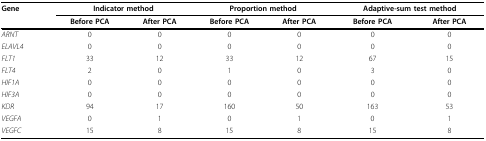
<table><thead><tr><td><b>Gene</b></td><td colspan="2"><b>Indicator method</b></td><td colspan="2"><b>Proportion method</b></td><td colspan="2"><b>Adaptive-sum test method</b></td></tr><tr><td></td><td><b>Before PCA</b></td><td><b>After PCA</b></td><td><b>Before PCA</b></td><td><b>After PCA</b></td><td><b>Before PCA</b></td><td><b>After PCA</b></td></tr></thead><tbody><tr><td><i>ARNT</i></td><td>0</td><td>0</td><td>0</td><td>0</td><td>0</td><td>0</td></tr><tr><td><i>ELAVL4</i></td><td>0</td><td>0</td><td>0</td><td>0</td><td>0</td><td>0</td></tr><tr><td><i>FLT1</i></td><td>33</td><td>12</td><td>33</td><td>12</td><td>67</td><td>15</td></tr><tr><td><i>FLT4</i></td><td>2</td><td>0</td><td>1</td><td>0</td><td>3</td><td>0</td></tr><tr><td><i>HIF1A</i></td><td>0</td><td>0</td><td>0</td><td>0</td><td>0</td><td>0</td></tr><tr><td><i>HIF3A</i></td><td>0</td><td>0</td><td>0</td><td>0</td><td>0</td><td>0</td></tr><tr><td><i>KDR</i></td><td>94</td><td>17</td><td>160</td><td>50</td><td>163</td><td>53</td></tr><tr><td><i>VEGFA</i></td><td>0</td><td>1</td><td>0</td><td>1</td><td>0</td><td>1</td></tr><tr><td><i>VEGFC</i></td><td>15</td><td>8</td><td>15</td><td>8</td><td>15</td><td>8</td></tr></tbody></table>